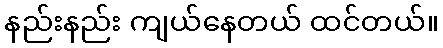
နည်းနည်း ကျယ်နေတယ် ထင်တယ်။